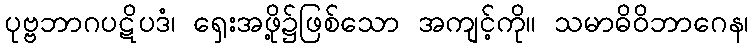
ပုဗ္ဗဘာဂပဋိပဒံ၊ ရှေးအဖို့၌ဖြစ်သော အကျင့်ကို။ သမာဓိဝိဘာဂေန၊